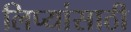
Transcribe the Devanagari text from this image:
लिप्यांसाठी